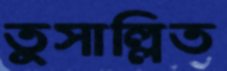
তুসাল্লিত